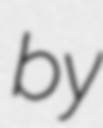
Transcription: by